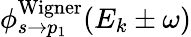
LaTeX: \phi_{s\rightarrow p_{1}}^{\mathrm{{Wigner}}}(E_{k}\pm\omega)